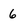
Character: 6